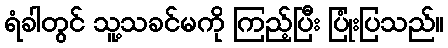
ရံခါတွင် သူ့သခင်မကို ကြည့်ပြီး ပြုံးပြသည်။